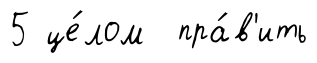
5 це́лом пра́в'ить